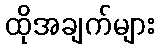
ထိုအချက်များ